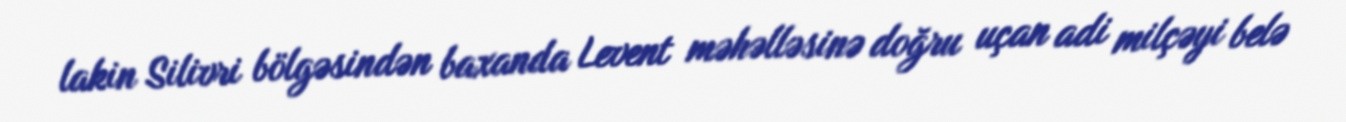
lakin Silivri bölgəsindən baxanda Levent məhəlləsinə doğru uçan adi milçəyi belə